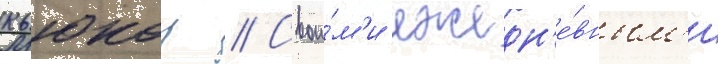
кьюкор // Свои́м'и ежедн'е́вным'и